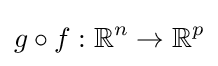
g\circ f:\mathbb {R} ^{n}\to \mathbb {R} ^{p}